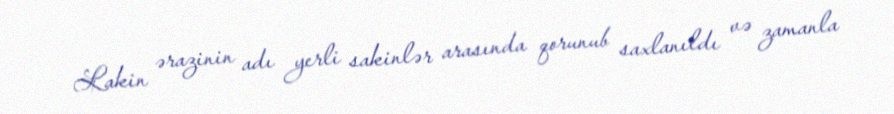
Lakin ərazinin adı yerli sakinlər arasında qorunub saxlanıldı və zamanla